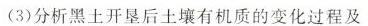
(3)分析黑土开垦后土壤有机质的变化过程及